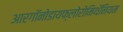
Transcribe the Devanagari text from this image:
आरगॉनोडायफ्लोरोमिथॅनियम